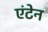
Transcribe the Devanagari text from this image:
एंटेन